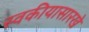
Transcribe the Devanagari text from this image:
स्वकीयासारखे